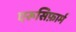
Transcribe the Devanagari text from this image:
एरूसिफ़ार्म